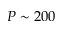
P \sim 2 0 0